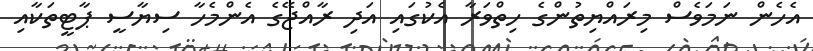
އެހެން ނަމަވެސް މިރައްޔިތުންގެ ހިތްވަރާ އެކުގައި އަދި ރާއްޖޭގެ އެންމެހާ ސިޔާސީ ޕާޓީތަކާއި